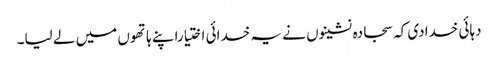
دہائی خدادی کہ سجادہ نشینوں نے یہ خدائی اختیاراپنے ہاتھوں میں لے لیا۔